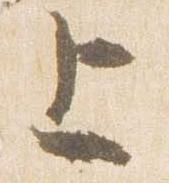
上